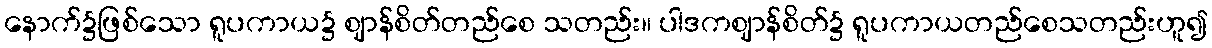
နောက်၌ဖြစ်သော ရူပကာယ၌ ဈာန်စိတ်တည်စေ သတည်း။ ပါဒကဈာန်စိတ်၌ ရူပကာယတည်စေသတည်းဟူ၍